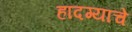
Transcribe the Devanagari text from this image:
हादग्याचे